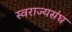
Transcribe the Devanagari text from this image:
स्वराज्यसंघ